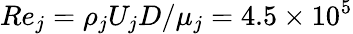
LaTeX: Re_{j}={\rho_{j}U_{j}D}/{\mu_{j}}=4.5\times 10^{5}